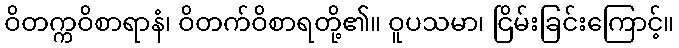
ဝိတက္ကဝိစာရာနံ၊ ဝိတက်ဝိစာရတို့၏။ ဝူပသမာ၊ ငြိမ်းခြင်းကြောင့်။